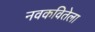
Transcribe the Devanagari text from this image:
नवकवितेला